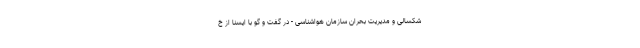
شکسالی و مدیریت بحران سازمان هواشناسی - در گفت و گو با ایسنا از خ